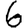
Digit: 6